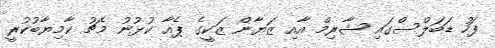
ފަހު ޑަބަލްސްގައި ޝާރިމް އާއި ޒަޔާން ޒަކީގެ ޕެއާ ކުޅުނު މެޗު ކާމިޔާބުކުރީ